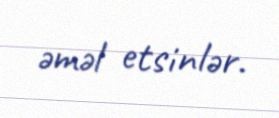
əməl etsinlər.